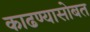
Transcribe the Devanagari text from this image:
काढण्यासोबत